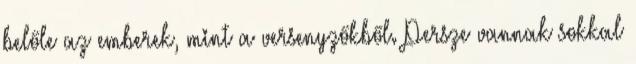
belőle az emberek, mint a versenyzőkből. Persze vannak sokkal